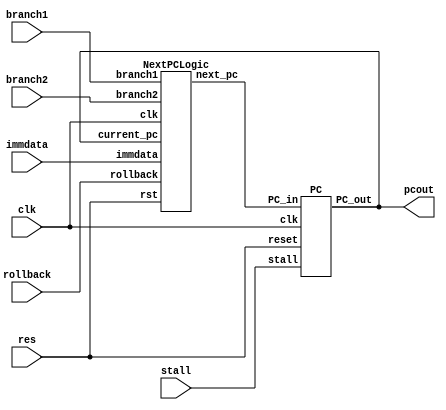
`timescale 1ns / 1ps

module CCT (
    output [7:0] pcout,  // Current PC value
    input clk,
    input res,
    input stall,
    input rollback,
    input branch1,
    input branch2,
    input [7:0] immdata 
);
    wire [7:0] next_pc;

   
    PC D (.PC_in(next_pc), .clk(clk), .reset(res), .stall(stall), .PC_out(pcout));


   NextPCLogic PC(clk,res,rollback,pcout,next_pc,branch1,branch2,immdata);
endmodule

module PC (PC_in,clk,reset,stall,PC_out);
    input [7:0] PC_in;     
    input clk;          
    input reset;
    input stall;         
    output reg [7:0] PC_out ;


    always @(posedge clk or posedge reset) begin
        if (reset) begin        
            PC_out <= 8'd0;
        end else if (stall == 1'b0)
         begin
            PC_out <= PC_in;
        end
    end

endmodule

module NextPCLogic (
    input wire clk,
    input wire rst,
    input wire rollback,
    input wire [7:0] current_pc,
    output reg [7:0] next_pc,
    input wire branch1,
    input wire branch2,
    input wire signed [7:0] immdata
);

     always @(*) begin
        if (rst) begin
            next_pc <= 8'b0;
        end else begin
            if (rollback) begin
                next_pc <= current_pc + 4;
            end else if (branch1) begin
                next_pc <= current_pc + (immdata * 4);
            end else if (branch2) begin
                next_pc <= current_pc + (immdata * 4) + 4;
            end else begin
                next_pc <= current_pc + 8;
            end
        end
    end
endmodule